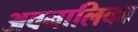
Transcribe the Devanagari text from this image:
अवनालिका